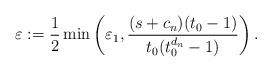
LaTeX: \begin{align*} \varepsilon := \frac12 \min\left( \varepsilon_1, \frac{(s+c_n)(t_0-1)}{t_0(t_0^{d_n}-1)} \right).\end{align*}